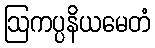
ဩကပ္ပနိယမေတံ